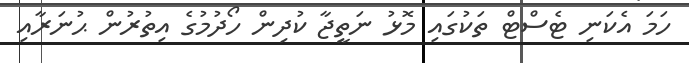
ހަމަ އެކަނި ޓެސްޓް ތަކުގައި މޮޅު ނަތީޖާ ކުދިން ހޯދުމުގެ އިތުރުން ޙުނަރާއި